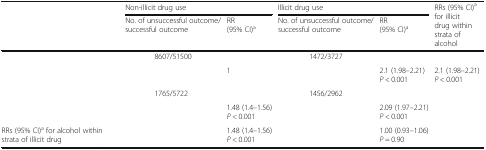
<table><thead><tr><td rowspan="2">[EMPTY_CELL]</td><td colspan="2"><b>Non-illicit drug use</b></td><td colspan="2"><b>Illicit drug use</b></td><td rowspan="2"><b>RRs (95% CI)<sup>a</sup> for illicit drug within strata of alcohol</b></td></tr><tr><td><b>No. of unsuccessful outcome/successful outcome</b></td><td><b>RR (95% CI)<sup>a</sup></b></td><td><b>No. of unsuccessful outcome/successful outcome</b></td><td><b>RR (95% CI)<sup>a</sup></b></td></tr></thead><tbody><tr><td rowspan="2">[EMPTY_CELL]</td><td>8607/51500</td><td>[EMPTY_CELL]</td><td>1472/3727</td><td>[EMPTY_CELL]</td><td>[EMPTY_CELL]</td></tr><tr><td>[EMPTY_CELL]</td><td>1</td><td>[EMPTY_CELL]</td><td>2.1 (1.98–2.21)<i>P</i> &lt; 0.001</td><td>2.1 (1.98–2.21)<i>P</i> &lt; 0.001</td></tr><tr><td rowspan="2">[EMPTY_CELL]</td><td>1765/5722</td><td>[EMPTY_CELL]</td><td>1456/2962</td><td>[EMPTY_CELL]</td><td>[EMPTY_CELL]</td></tr><tr><td>[EMPTY_CELL]</td><td>1.48 (1.4–1.56)<i>P</i> &lt; 0.001</td><td>[EMPTY_CELL]</td><td>2.09 (1.97–2.21)<i>P</i> &lt; 0.001</td><td>[EMPTY_CELL]</td></tr><tr><td>RRs (95% CI)<sup>a</sup> for alcohol within strata of illicit drug</td><td>[EMPTY_CELL]</td><td>1.48 (1.4–1.56)<i>P</i> &lt; 0.001</td><td>[EMPTY_CELL]</td><td>1.00 (0.93–1.06)<i>P</i> = 0.90</td><td>[EMPTY_CELL]</td></tr></tbody></table>